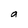
Character: a